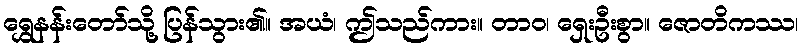
ရွှေနန်းတော်သို့ ပြန်သွား၏။ အယံ၊ ဤသည်ကား။ တာဝ၊ ရှေးဦးစွာ။ ဇောတိကဿ၊